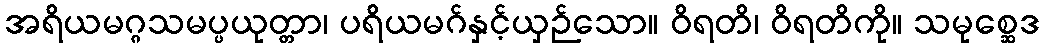
အရိယမဂ္ဂသမပ္ပယုတ္တာ၊ ပရိယမဂ်နှင့်ယှဉ်သော။ ဝိရတိ၊ ဝိရတိကို။ သမုစ္ဆေဒ